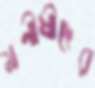
মনীষীদের